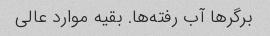
برگرها آب رفته‌ها. بقیه موارد عالی